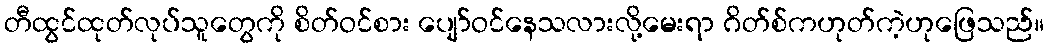
တီထွင်ထုတ်လုပ်သူတွေကို စိတ်ဝင်စား ပျော်ဝင်နေသလားလို့မေးရာ ဂိတ်စ်ကဟုတ်ကဲ့ဟုဖြေသည်။